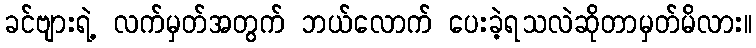
ခင်ဗျားရဲ့ လက်မှတ်အတွက် ဘယ်လောက် ပေးခဲ့ရသလဲဆိုတာမှတ်မိလား။